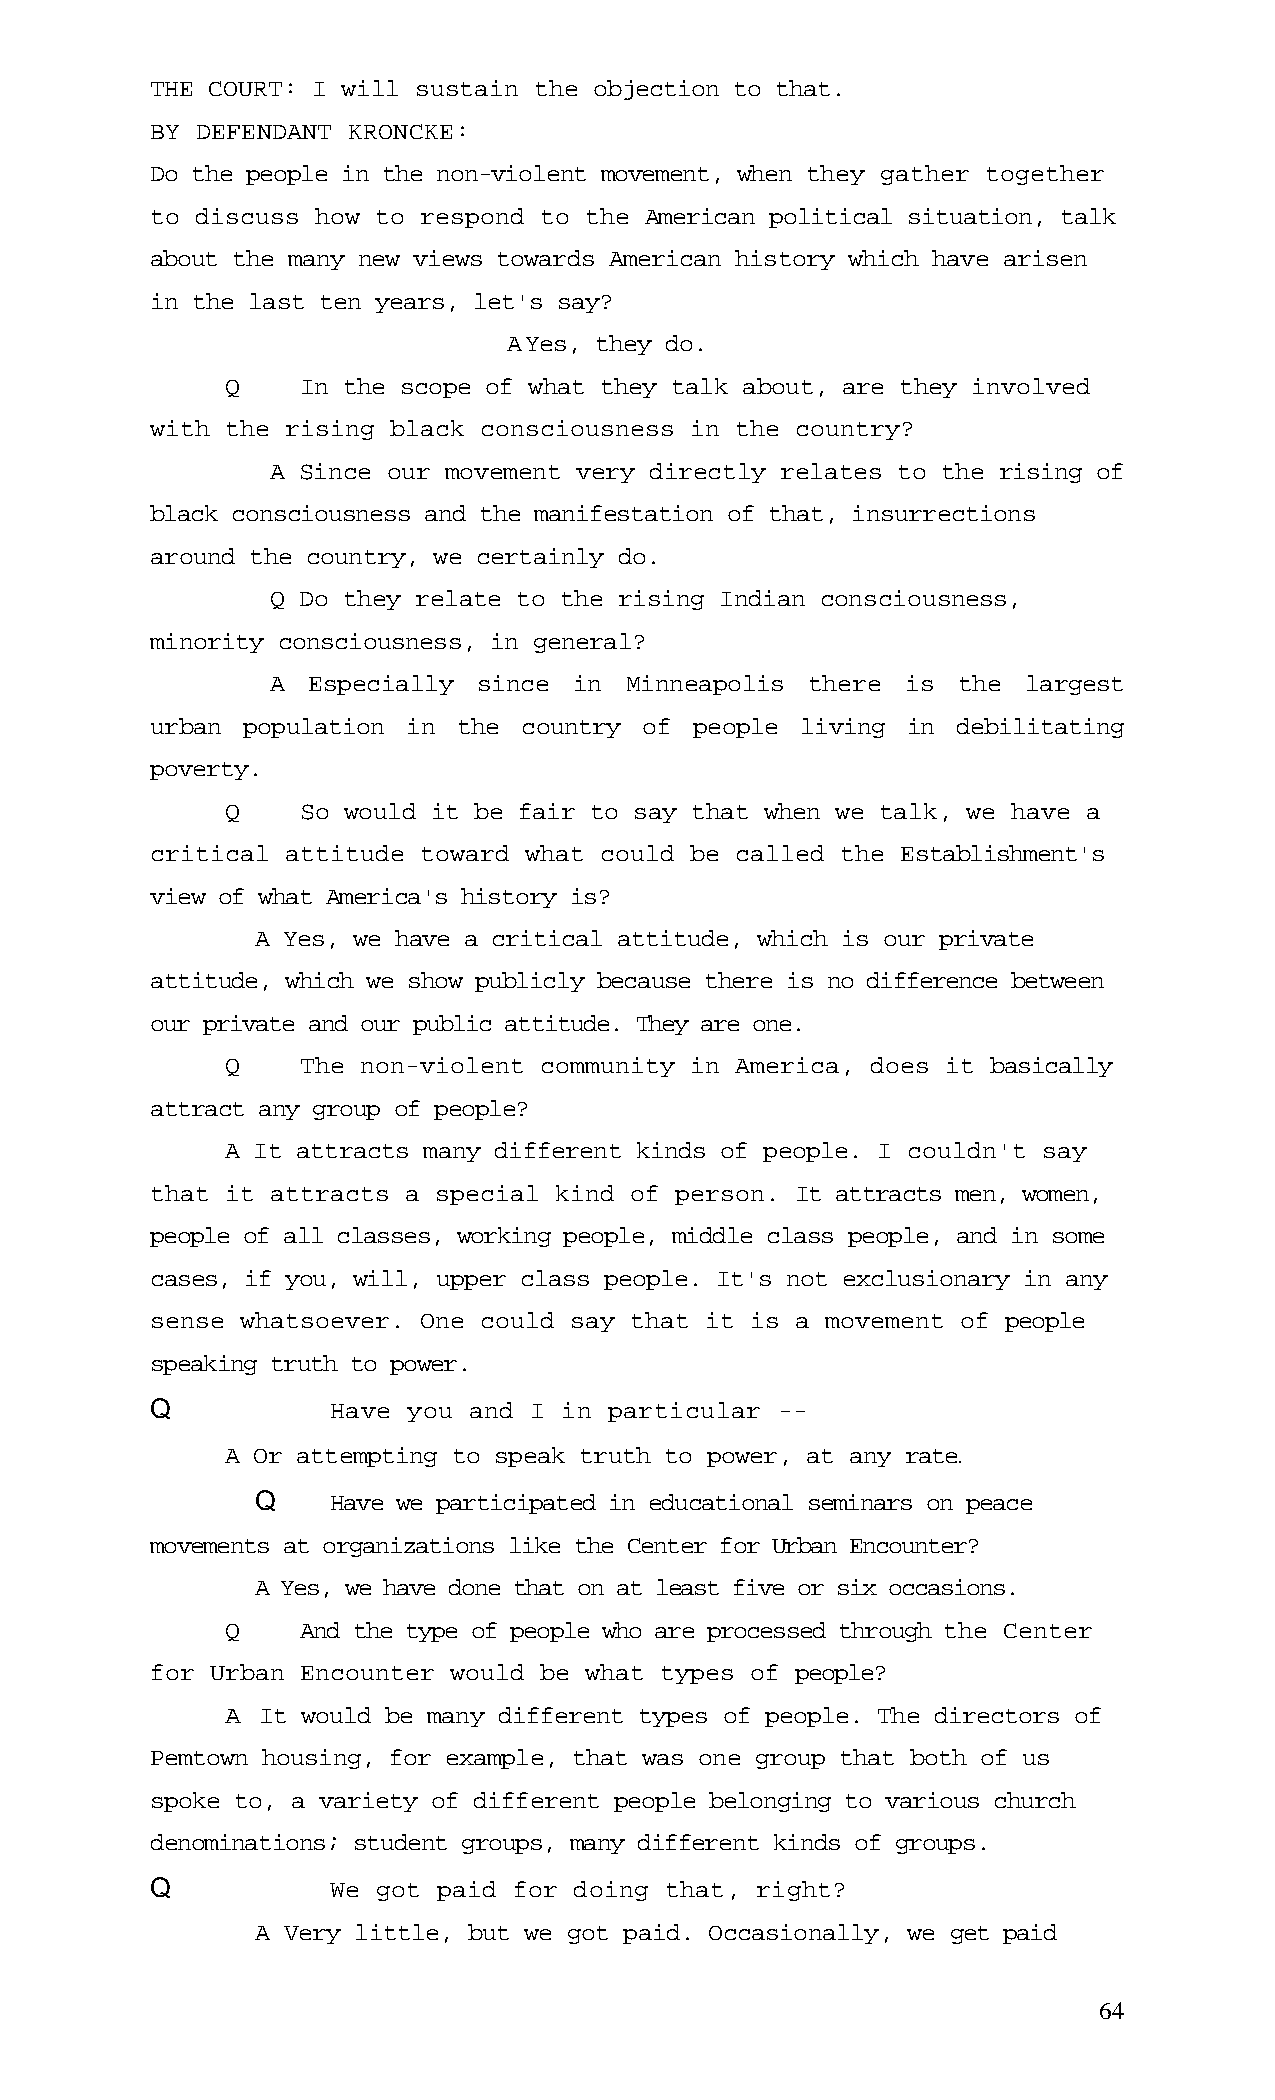
THE COURT: I will sustain the objection to that.
 BY DEFENDANT KRONCKE:
 Do the people in the non-violent movement, when they gather together
 to discuss how to respond to the American political situation, talk
 about the many new views towards American history which have arisen
 in the last ten years, let's say?
 AYes, they do.
 Q    In the scope of what they talk about, are they involved
 with the rising black consciousness in the country?
 A Since our movement very directly relates to the rising of
 black consciousness and the manifestation of that, insurrections
 around the country, we certainly do.
 Q Do they relate to the rising Indian consciousness,
 minority consciousness, in general?
 A Especially  since in Minneapolis  there is the  largest
 urban population in the  country of people living in debilitating
 poverty.
 Q    So would it be fair to say that when we talk, we have a
 critical attitude toward what could be called the Establishment's
 view of what America's history is?
 A Yes, we have a critical attitude, which is our private
 attitude, which we show publicly because there is no difference between
 our private and our public attitude. They are one.
 Q    The non-violent community in America, does it basically
 attract any group of people?
 A It attracts many different kinds of people. I couldn't say
 that it attracts a special kind of person. It attracts men, women,
 people of all classes, working people, middle class people, and in some
 cases, if you, will, upper class people. It's not exclusionary in any
 sense whatsoever. One could say that it is a movement of people
 speaking truth to power.
 Q           Have you and I in particular --
 A Or attempting to speak truth to power, at any rate.
 Q    Have we participated in educational seminars on peace
 movements at organizations like the Center for Urban Encounter?
 A Yes, we have done that on at least five or six occasions.
 Q    And the type of people who are processed through the Center
 for Urban Encounter would be what types of people?
 A It would be many different types of people. The directors of
 Pemtown housing, for example, that was one group that both of us
 spoke to, a variety of different people belonging to various church
 denominations; student groups, many different kinds of groups.
 Q           We got paid for doing that, right?
 A Very little, but we got paid. Occasionally, we get paid
 64